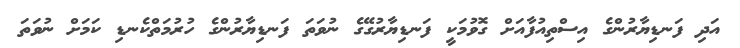
އަދި ފަނޑިޔާރުންގެ އިސްތިއުފާއަށް ގޮވުމަކީ ފަނޑިޔާރުގޭގެ ނުވަތަ ފަނޑިޔާރުންގެ ހުރުމަތްކެނޑި ކަމަށް ނުވަތަ